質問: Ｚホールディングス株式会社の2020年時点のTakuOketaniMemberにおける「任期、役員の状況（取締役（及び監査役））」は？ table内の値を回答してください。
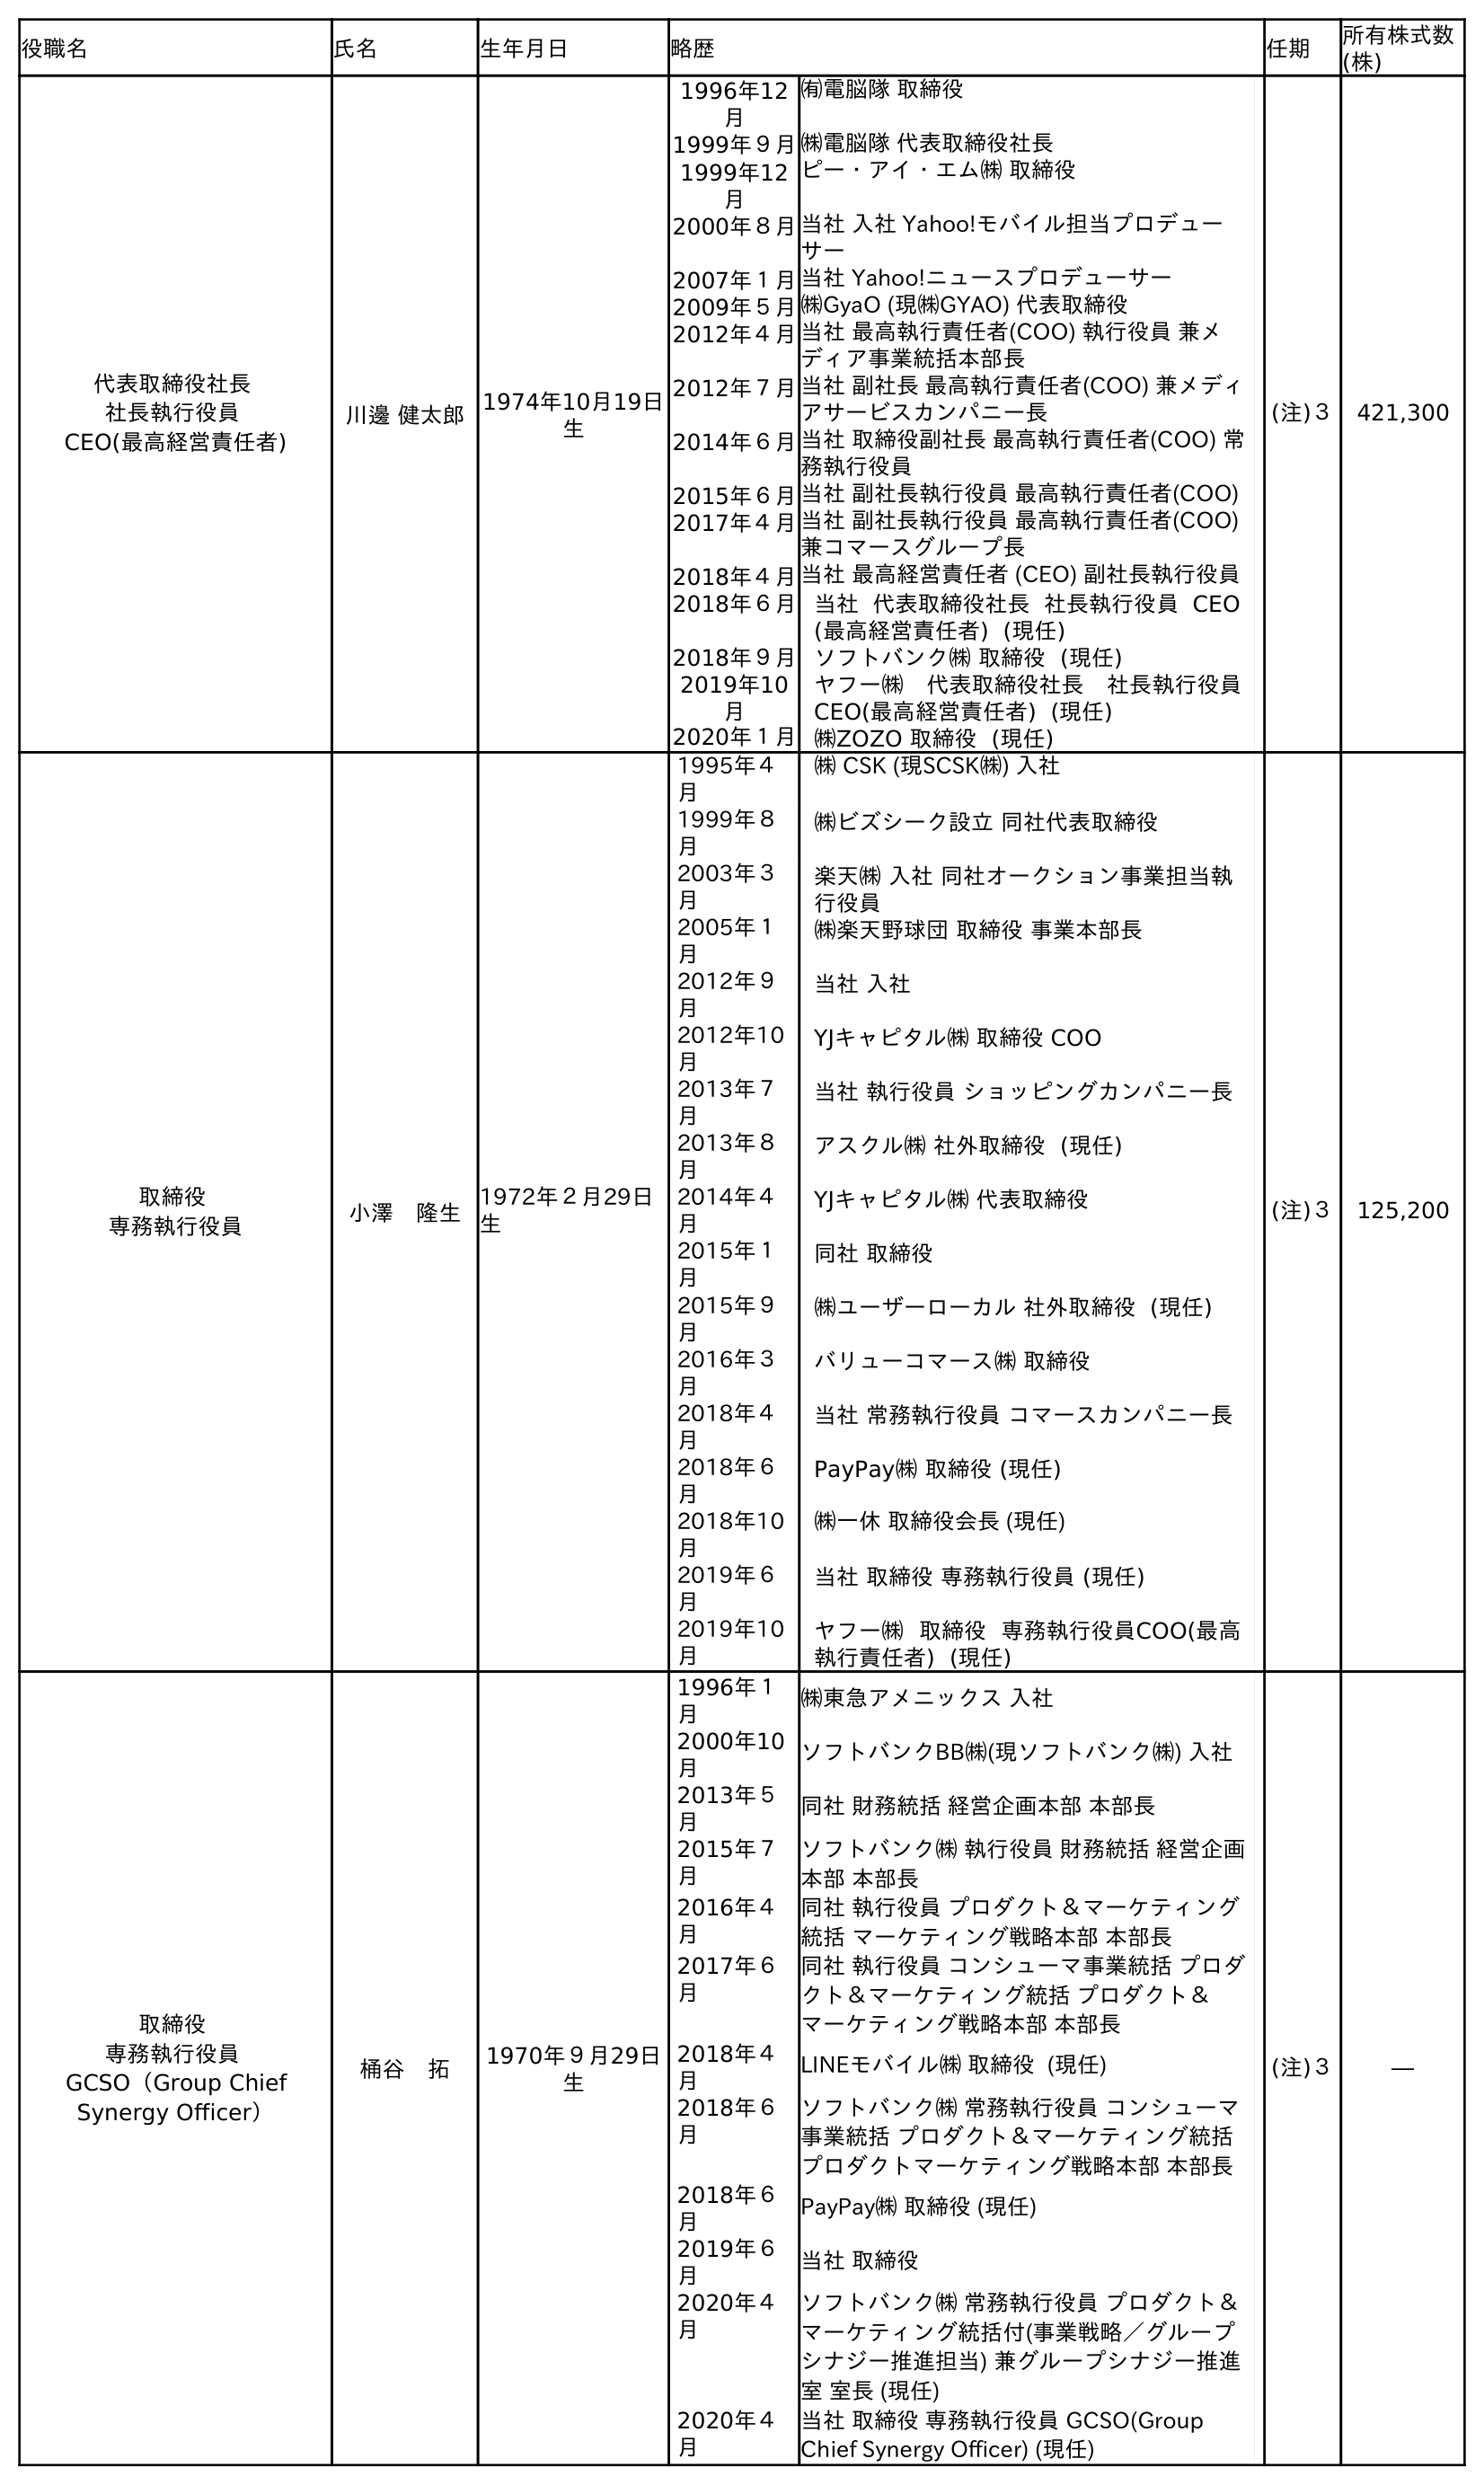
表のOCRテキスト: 役職名 氏名 生年月日 略歴 任期 所有株式数 (株) 代表取締役社長 社長執行役員 CEO(最高経営責任者) 川邊 健太郎1974年10月19日 生 1996年12 月 ㈲電脳隊 取締役 1999年９月㈱電脳隊 代表取締役社長 1999年12 月 ピー・アイ・エム㈱ 取締役 2000年８月当社 入社 Yahoo!モバイル担当プロデュー サー 2007年１月当社 Yahoo!ニュースプロデューサー 2009年５月㈱GyaO (現㈱GYAO) 代表取締役 2012年４月当社 最高執行責任者(COO) 執行役員 兼メ ディア事業統括本部長 2012年７月当社 副社長 最高執行責任者(COO) 兼メディ アサービスカンパニー長 2014年６月当社 取締役副社長 最高執行責任者(COO) 常 務執行役員 2015年６月当社 副社長執行役員 最高執行責任者(COO) 2017年４月当社 副社長執行役員 最高執行責任者(COO) 兼コマースグループ長 2018年４月当社 最高経営責任者 (CEO) 副社長執行役員 2018年６月当社 代表取締役社長 社長執行役員 CEO (最高経営責任者) (現任) 2018年９月ソフトバンク㈱ 取締役 (現任) 2019年10 月 ヤフー㈱ 代表取締役社長 社長執行役員 CEO(最高経営責任者) (現任) 2020年１月㈱ZOZO 取締役 (現任) (注)３ 421,300 取締役 専務執行役員 小澤 隆生 1972年２月29日 生 1995年４ 月 ㈱ CSK (現SCSK㈱) 入社 1999年８ 月 ㈱ビズシーク設立 同社代表取締役 2003年３ 月 楽天㈱ 入社 同社オークション事業担当執 行役員 2005年１ 月 ㈱楽天野球団 取締役 事業本部長 2012年９ 月 当社 入社 2012年10 月 YJキャピタル㈱ 取締役 COO 2013年７ 月 当社 執行役員 ショッピングカンパニー長 2013年８ 月 アスクル㈱ 社外取締役 (現任) 2014年４ 月 YJキャピタル㈱ 代表取締役 2015年１ 月 同社 取締役 2015年９ 月 ㈱ユーザーローカル 社外取締役 (現任) 2016年３ 月 バリューコマース㈱ 取締役 2018年４ 月 当社 常務執行役員 コマースカンパニー長 2018年６ 月 PayPay㈱ 取締役 (現任) 2018年10 月 ㈱一休 取締役会長 (現任) 2019年６ 月 当社 取締役 専務執行役員 (現任) 2019年10 月 ヤフー㈱ 取締役 専務執行役員COO(最高 執行責任者) (現任) (注)３ 125,200 取締役 専務執行役員 GCSO（Group Chief Synergy Officer） 桶谷 拓 1970年９月29日 生 1996年１ 月 ㈱東急アメニックス 入社 2000年10 月 ソフトバンクBB㈱(現ソフトバンク㈱) 入社 2013年５ 月 同社 財務統括 経営企画本部 本部長 2015年７ 月 ソフトバンク㈱ 執行役員 財務統括 経営企画 本部 本部長 2016年４ 月 同社 執行役員 プロダクト＆マーケティング 統括 マーケティング戦略本部 本部長 2017年６ 月 同社 執行役員 コンシューマ事業統括 プロダ クト＆マーケティング統括 プロダクト＆ マーケティング戦略本部 本部長 2018年４ 月 LINEモバイル㈱ 取締役 (現任) 2018年６ 月 ソフトバンク㈱ 常務執行役員 コンシューマ 事業統括 プロダクト＆マーケティング統括 プロダクトマーケティング戦略本部 本部長 2018年６ 月 PayPay㈱ 取締役 (現任) 2019年６ 月 当社 取締役 2020年４ 月 ソフトバンク㈱ 常務執行役員 プロダクト＆ マーケティング統括付(事業戦略／グループ シナジー推進担当) 兼グループシナジー推進 室 室長 (現任) 2020年４ 月 当社 取締役 専務執行役員 GCSO(Group Chief Synergy Officer) (現任) (注)３ ―
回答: (注)３